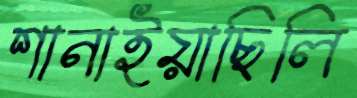
শানাইয়াছিলি